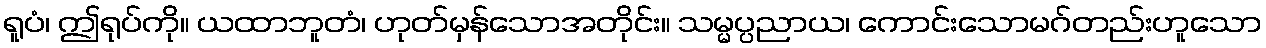
ရူပံ၊ ဤရုပ်ကို။ ယထာဘူတံ၊ ဟုတ်မှန်သောအတိုင်း။ သမ္မပ္ပညာယ၊ ကောင်းသောမဂ်တည်းဟူသော